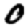
Digit: 0